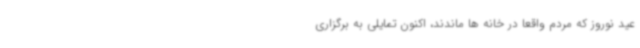
عید نوروز که مردم واقعا در خانه ها ماندند، اکنون تمایلی به برگزاری